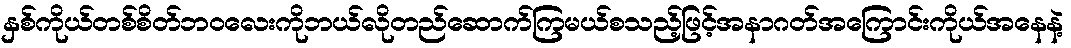
နှစ်ကိုယ်တစ်စိတ်ဘဝလေးကိုဘယ်လိုတည်ဆောက်ကြမယ်စသည့်ဖြင့်အနာဂတ်အကြောင်းကိုယ်အနေနဲ့